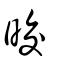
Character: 晈